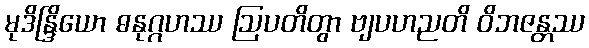
မုဒိန္ဒြိယော ဓနုဂ္ဂဟဿ ဩပတိတွာ ဗျပဟညတိ ဝိဘဇန္တဿ